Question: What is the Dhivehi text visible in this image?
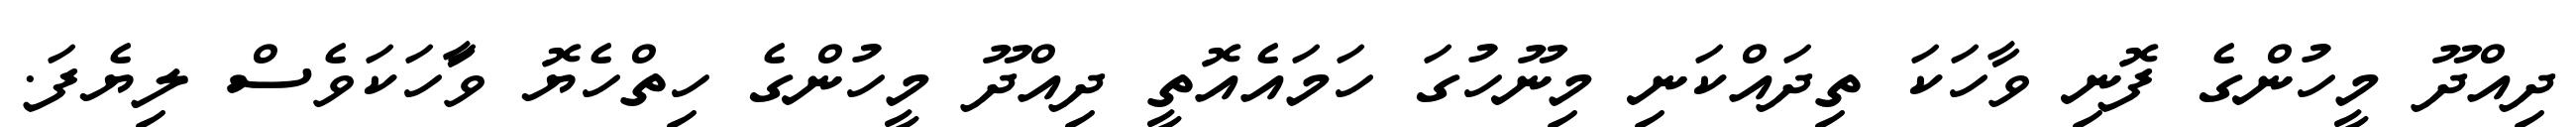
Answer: ދިއްދޫ މީހުންގެ ފޮނި ވާހަކަ ތިދައްކަނި މިނޫހުގަ ހަމައެއޮތީ ދިއްދޫ މީހުންގެ ހިތްހެޔޮ ވާަހަކަވެސް ލިޔެފަ.